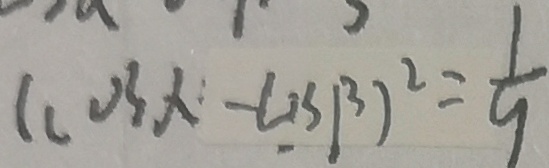
( \cos x - \cos \beta ) ^ { 2 } = \frac { 1 } { 9 }